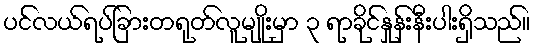
ပင်လယ်ရပ်ခြားတရုတ်လူမျိုးမှာ ၃ ရာခိုင်နှုန်းနီးပါးရှိသည်။